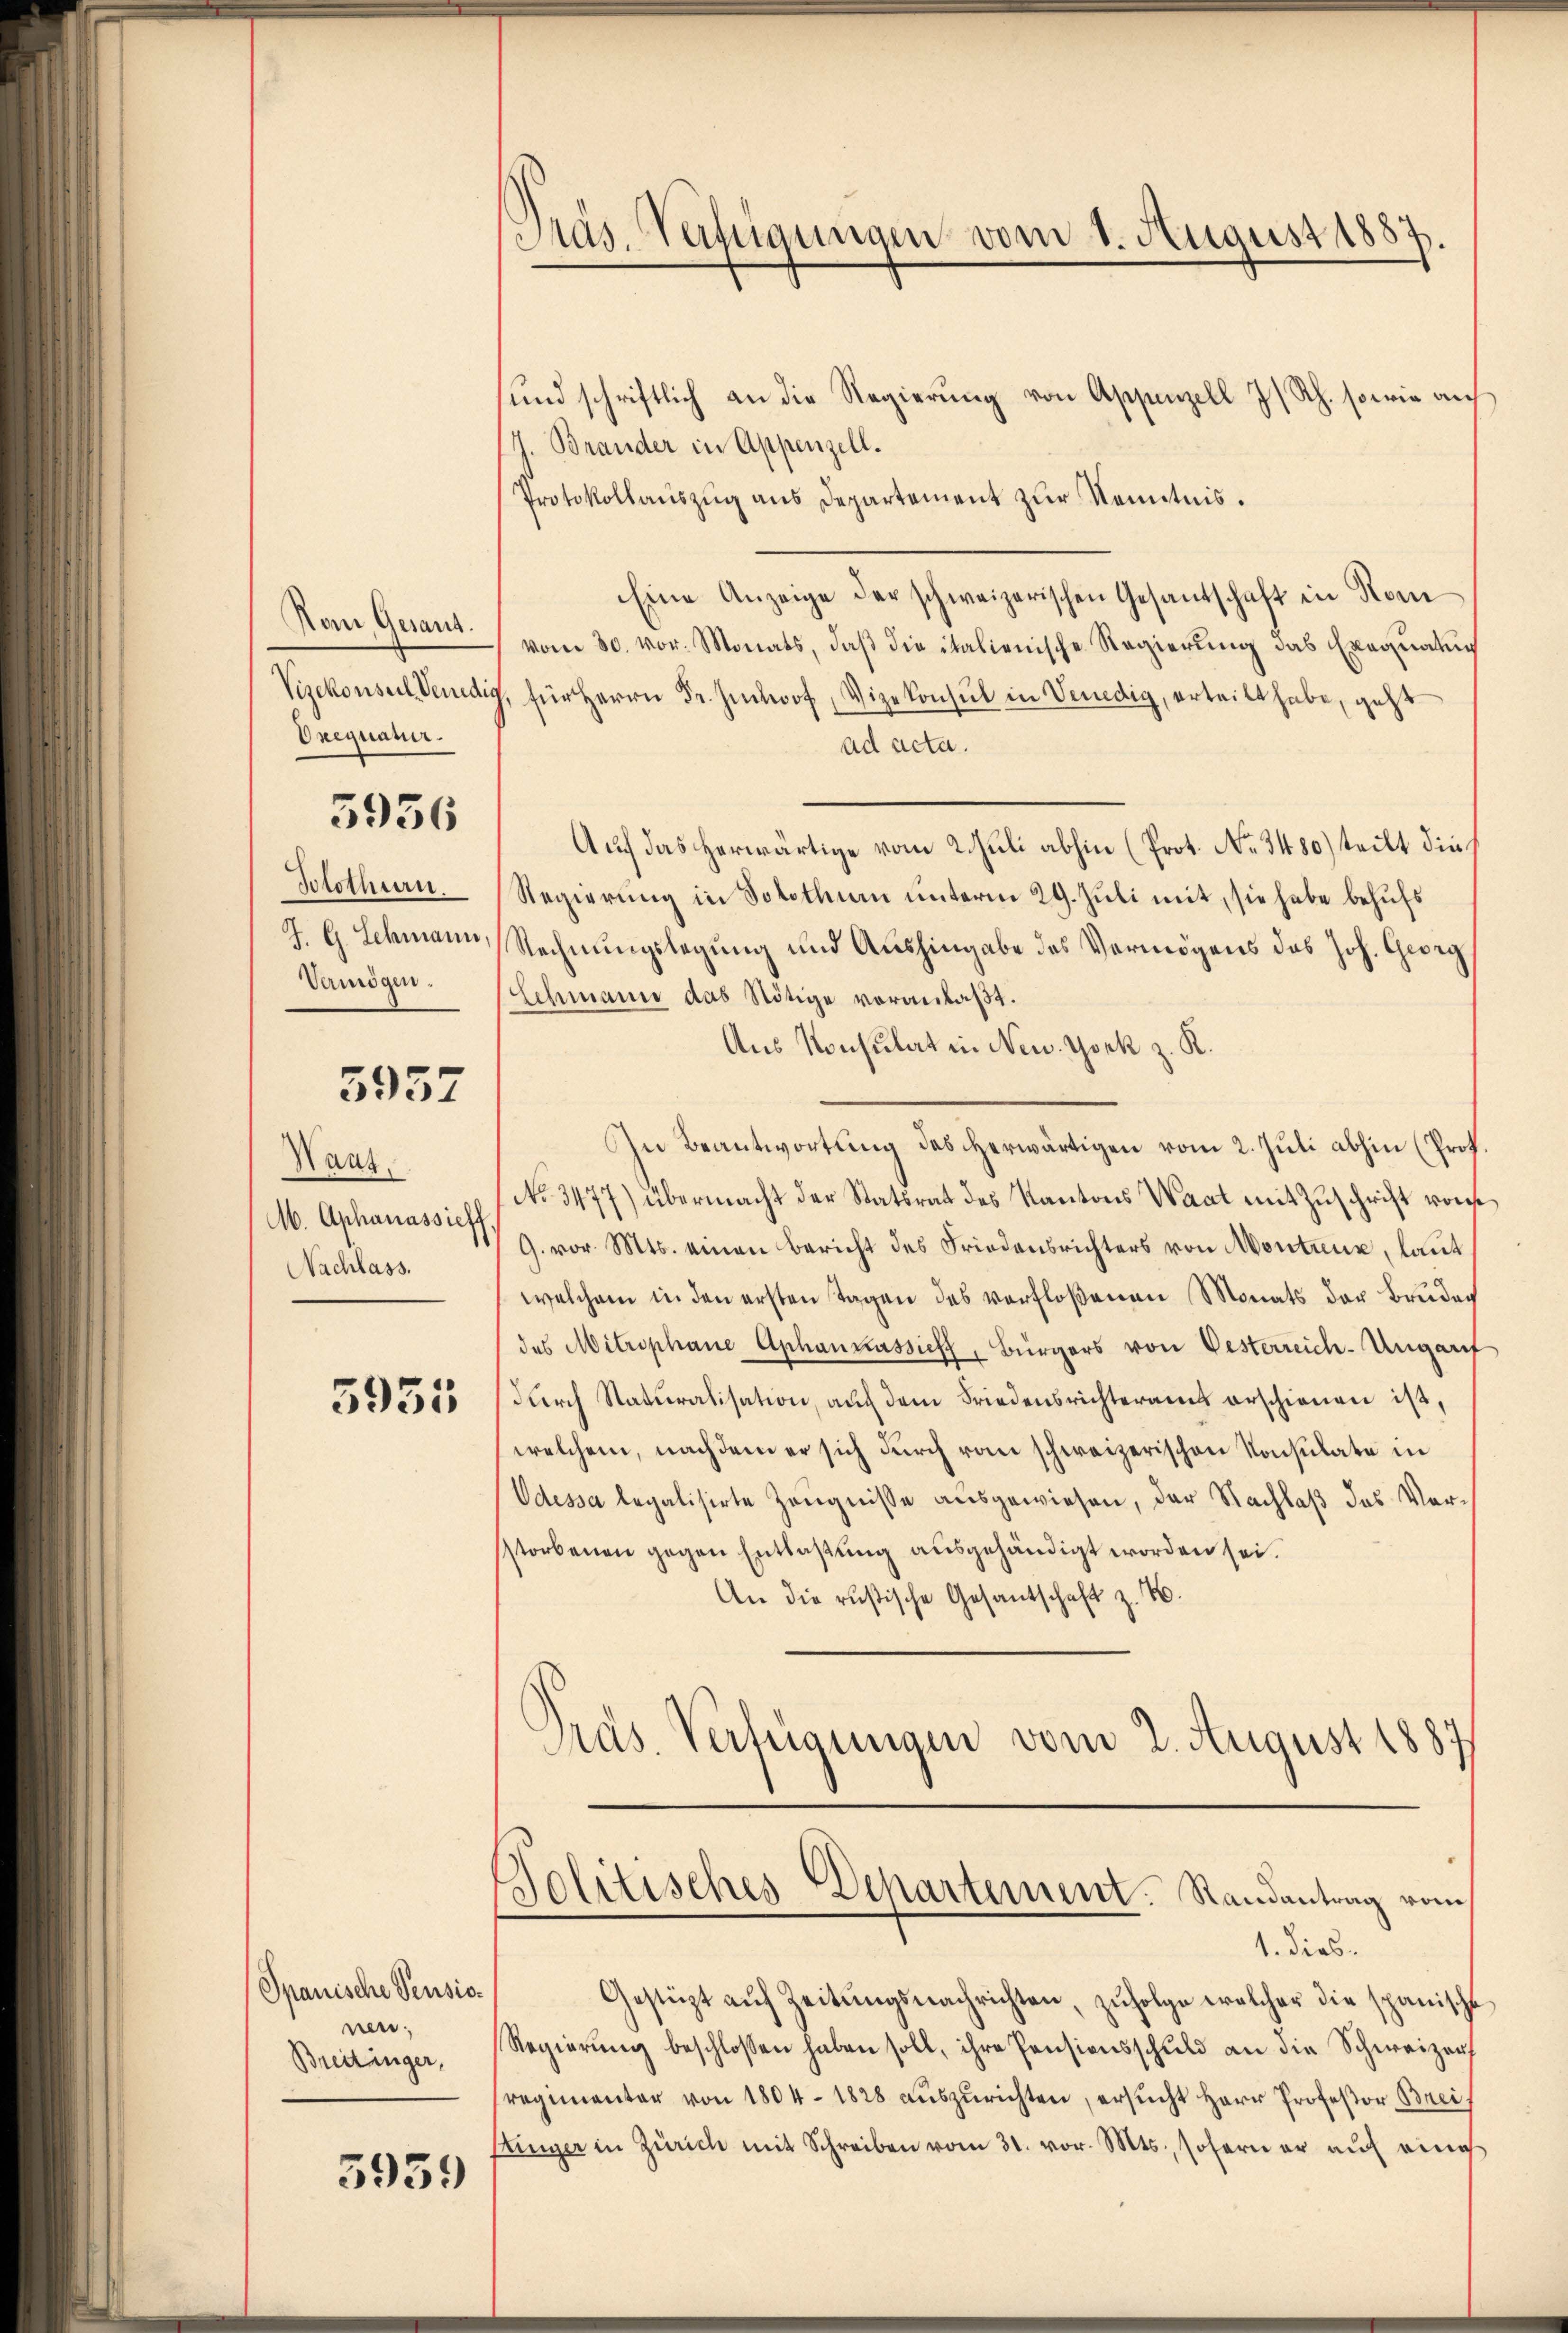
Nan Gesant.
Vizekonseil Venedig
Drequatur.

5936

Solothurn.
J. G. Schmann,
Vermögen.

5957

Haus
M. Aphanassieff
Nachlass.

5955.

Spanische Pensionen;
Breitinger,

5939

Präs. Verfügungen vom 1. August 1887.

sund schriftlich an die Regierung von Appenzell I/Rh. sowie auf
J. Brander in Appenzell.
Protokollauszug aus Departement zur Kenntnis.
Eine Anzeige der schweizerischen Gesandschaft in Nom
vom 30. vor. Monats, daβ die italienische Regierŭng das Exequatun
für Herrn Dr. Imhof, Vizekonsul in Venedig, erteilt habe, geht
ad acta.
Auf das herwärtige vom 2. Juli abhin (Prot. No. 3480) teilt dies
Regierung in Solothurn unterm 29. Juli mit, sie habe behufs
Rechnungslegung und Aushingabe des Vermögens des Joh. Georg
Schmann das Nötige veranlaßt.
Aus Konsulat in New York z. R.
In Beantwortung des herwärtigen vom 2. Juli abhin (Prof.
No 3477) übermacht der Statsrat des Kantons Waat mit Zuschrift vonse
G. vor. Mts. einen Bericht des Friedensrichters von Montreux, laut
welchem in den ersten Tagen des verfloßenen Monats der Bruder
des Mitrophane Aphankassieht, Bürgers von Oesterreich-Ungarit
durch Staturalisation, auch dem Friedensrichteramt erschienen ist,
welchem, nachdem er sich durch vom schweizerischen Konsulate in
Odessa legalisirte Zeugnisse ausgewiesen, der Nachlaß das Verstorbenen gegen Entlaßung ausgehändigt worden sei.
An die rusische Gesantschaft z. B.
Präs. Verfügungen vom 2. August 1887/
Politisches Departement. Randantrag vom
1. dies
Gestüzt aŭf Zeitŭngsnachrichten, zŭfolge welcher die spanische
Regierŭng beschlossen haben soll, ihre Pensionsschuld an die Schweizer
regimentar von 1804. 1828 aŭszŭrichten, ersŭcht Herr Professor Brei
flinger in Zürich mit Schreiben vom 31. vor. Mts., sofern er aŭf eine